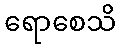
ရောစေသိ